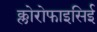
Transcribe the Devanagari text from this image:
क्लोरोफाइसिई